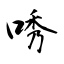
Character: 唀